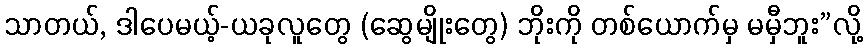
သာတယ်, ဒါပေမယ့်-ယခုလူတွေ (ဆွေမျိုးတွေ) ဘိုးကို တစ်ယောက်မှ မမှီဘူး”လို့